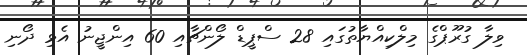
ވިލާ ގުރޫޕްގެ މިލްކިއްޔާތުގައި 28 ސްޕީޑް ލޯންޗާއި 60 އިންޖީނު އެޅި ދޯނި